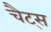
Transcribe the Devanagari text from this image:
चैट्स